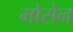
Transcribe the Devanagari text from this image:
मोसेन